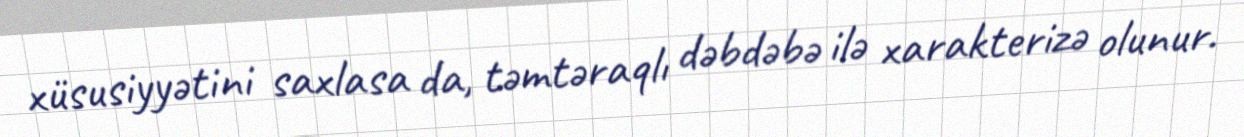
xüsusiyyətini saxlasa da, təmtəraqlı dəbdəbə ilə xarakterizə olunur.